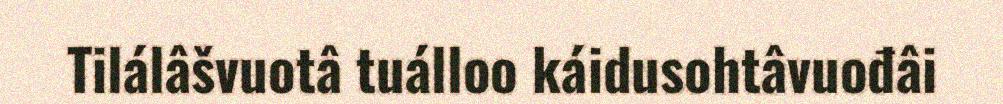
Tilálâšvuotâ tuálloo káidusohtâvuođâi